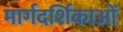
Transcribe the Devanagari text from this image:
मार्गदर्शिकाओं